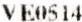
VE0514